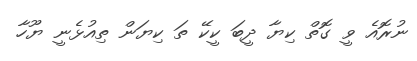
ނުރޮއެ ވީ ގޮތް ކިޔާ ދީބަ ކީކޭ ތަ ކިޔަން ތިއުޅެނީ ޔޫހާ